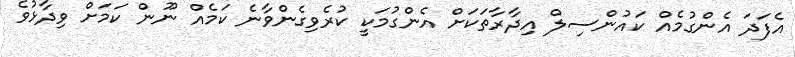
އެފަދަ އެންގުމެއް ކައުންސިލް އިދާރާތަކަށް އެންގުމަކީ ކުރެވިގެންވާނެ ކަމެއް ނޫން ކަމަށް ވިދާޅުވެ